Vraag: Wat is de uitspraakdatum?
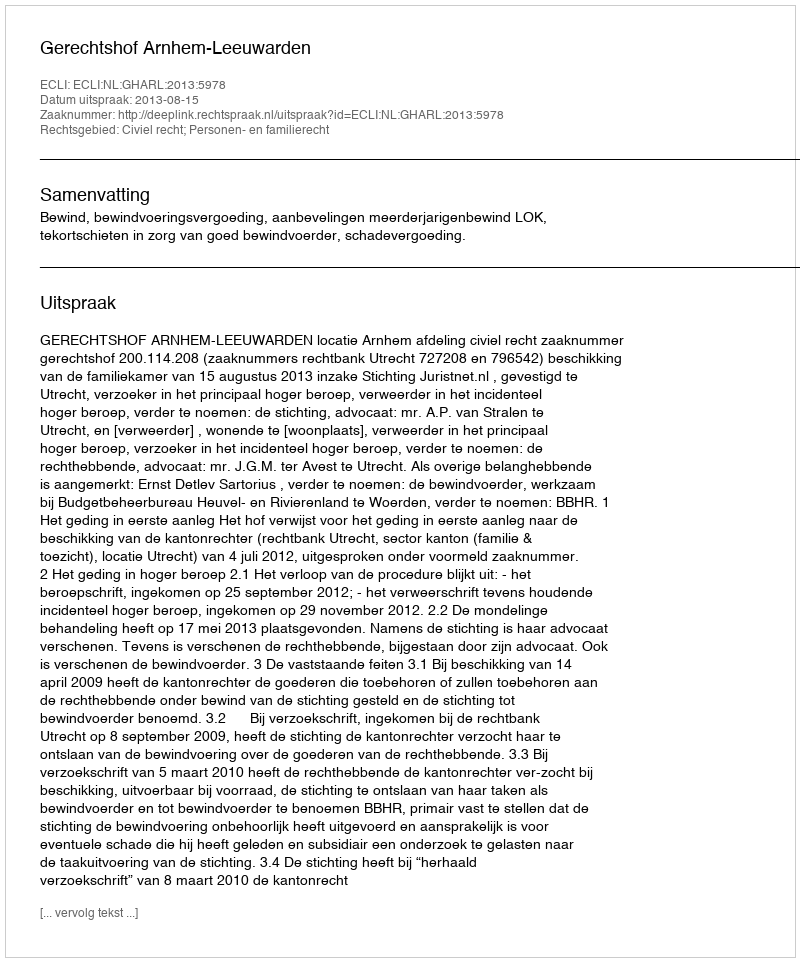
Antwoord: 2013-08-15